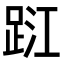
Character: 𨀹